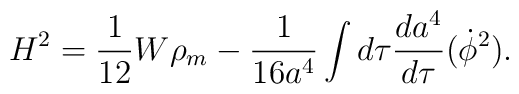
H^2=  \frac{1}{12}W\rho_m-\frac{1}{16 a^4}\int d\tau \frac{da^4}{d\tau}(\dot \phi^2).